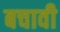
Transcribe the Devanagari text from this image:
बचावी